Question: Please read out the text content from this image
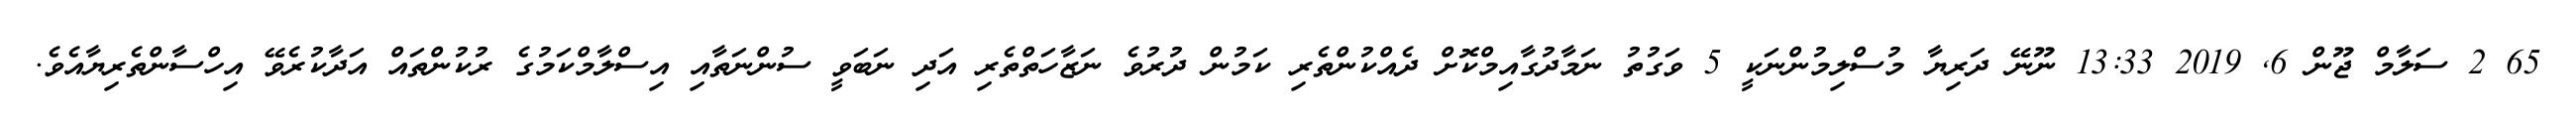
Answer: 65 2 ސަލާމް ޖޫން 6, 2019 13:33 ނޫނޭ ދަރިޔާ މުސްލިމުންނަކީ 5 ވަގުތު ނަމާދުގާއިމްކޮށް ދެއްކުންތެރި ކަމުން ދުރުވެ ނަޒާހަތްތެރި އަދި ނަބަވީ ސުންނަތާއި އިސްލާމްކަމުގެ ރުކުންތައް އަދާކުރެވޭ އިހްސާންތެރިޔާއެވެ.